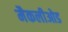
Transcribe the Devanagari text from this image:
मैकलीओड